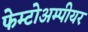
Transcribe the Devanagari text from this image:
फेम्टोअम्पीयर